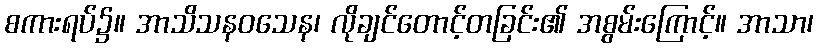
စကားရပ်၌။ အာသိသနဝသေန၊ လိုချင်တောင့်တခြင်း၏ အစွမ်းကြောင့်။ အာသာ၊